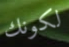
لكونك